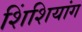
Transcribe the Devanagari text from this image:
शिंशियांग